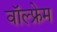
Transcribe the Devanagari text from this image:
वॉल्फ्रेम